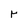
Character: r